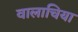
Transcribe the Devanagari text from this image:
वालाचिया